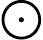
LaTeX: \bigodot